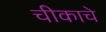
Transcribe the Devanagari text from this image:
चीकाचे